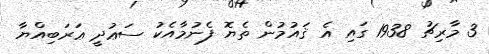
3 މާރިޗު 1938 ގައި އެ ޤައުމުން ތެޔޮ ފެނުމާއެކު ސަޢުދީ ޢަރަބިއްޔާ